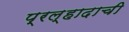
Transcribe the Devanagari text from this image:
प्रल्हादाची